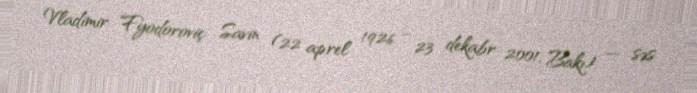
Vladimir Fyodoroviç Savin (22 aprel 1926 – 23 dekabr 2001, Bakı) — səs